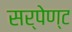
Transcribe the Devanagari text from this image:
सर्पेण्ट